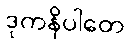
ဒုကနိပါတေ